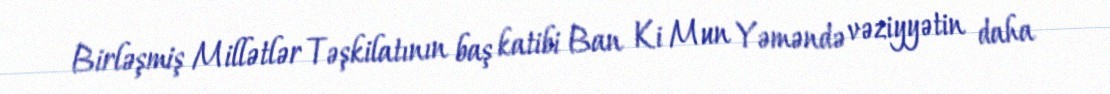
Birləşmiş Millətlər Təşkilatının baş katibi Ban Ki Mun Yəməndə vəziyyətin daha